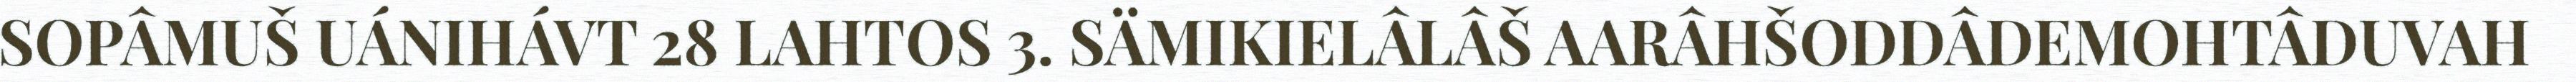
SOPÂMUŠ UÁNIHÁVT 28 LAHTOS 3. SÄMIKIELÂLÂŠ AARÂHŠODDÂDEMOHTÂDUVAH